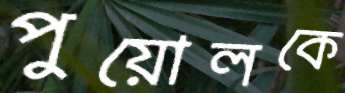
পুয়োলকে